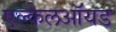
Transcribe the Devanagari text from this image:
एल्केलऑयड